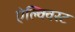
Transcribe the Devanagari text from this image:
ऐल्क्विस्ट